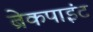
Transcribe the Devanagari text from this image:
ब्रेकपाइंट